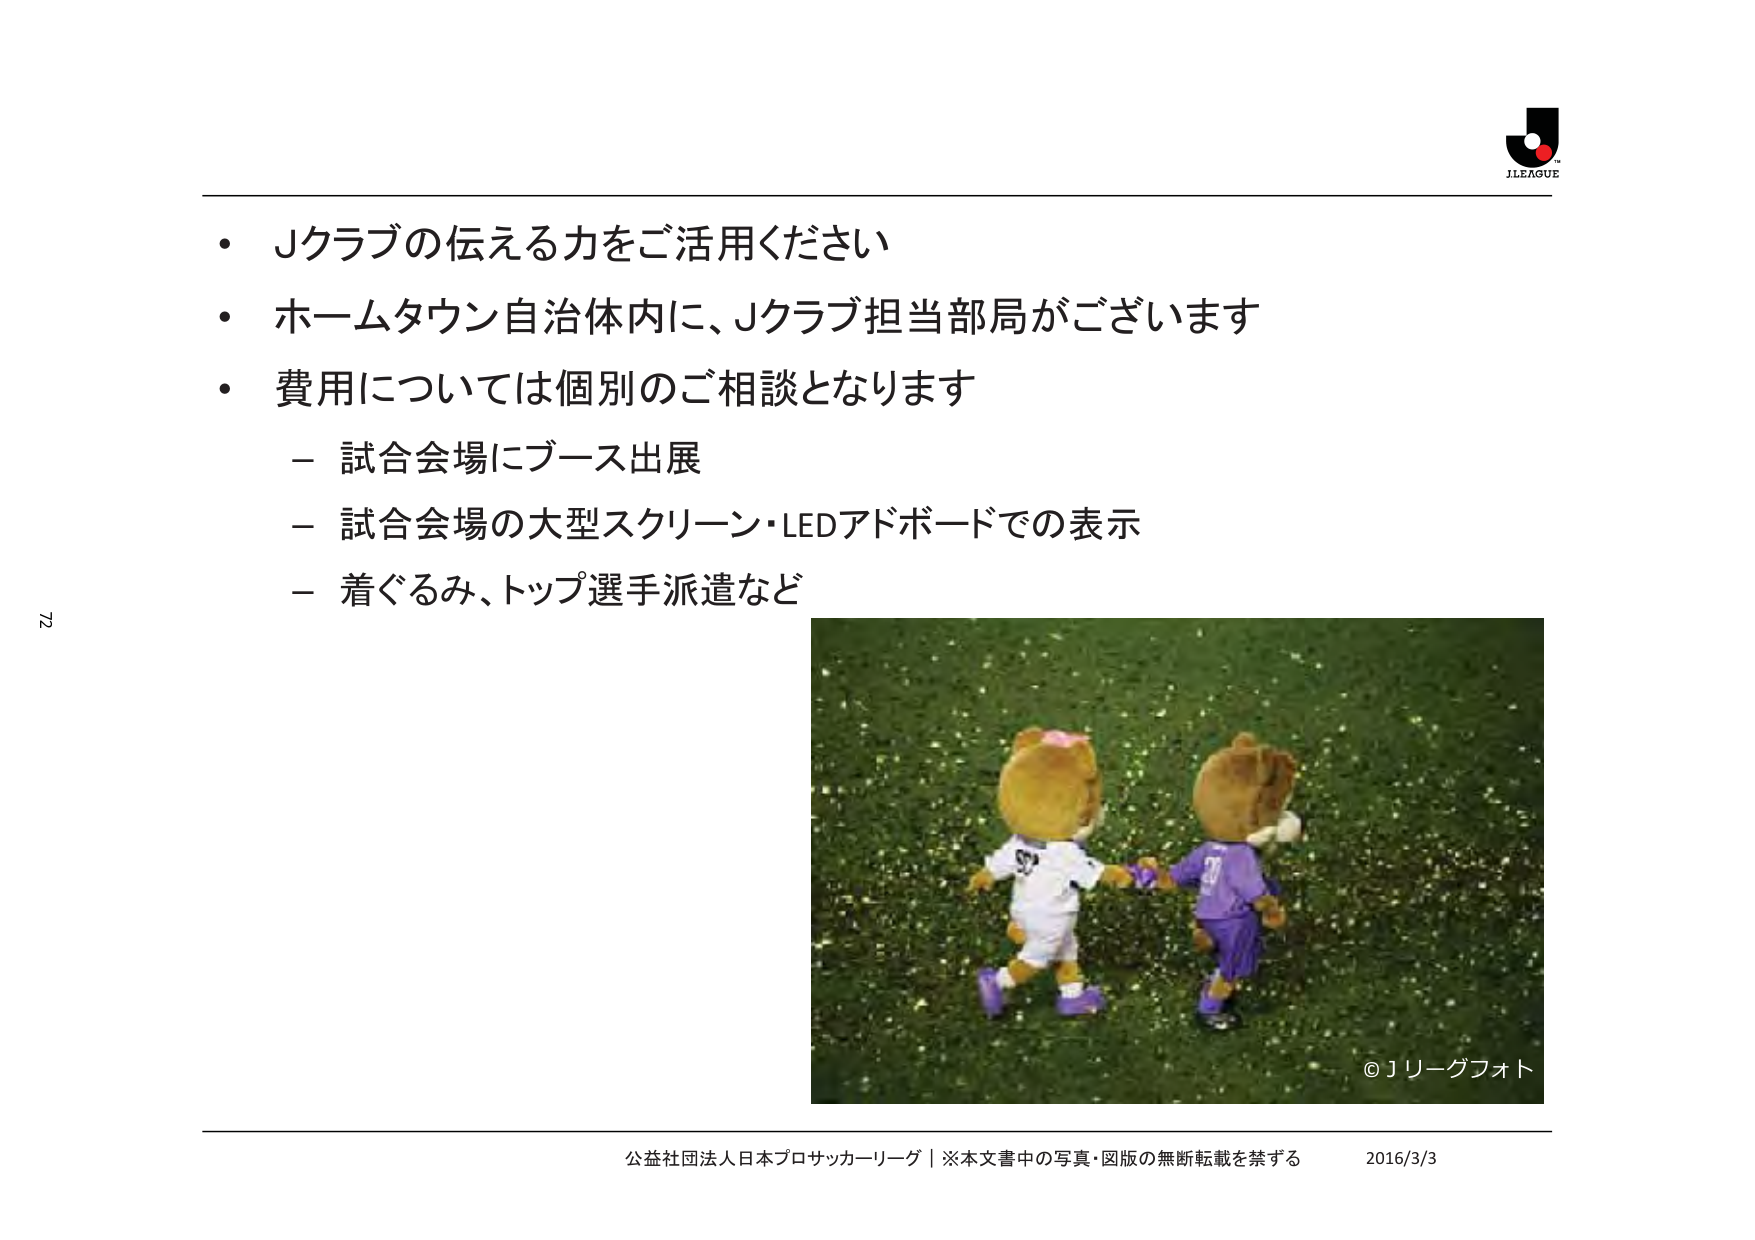
・Ｊクラブの伝える力をご活用ください
・ホームタウン自治体内に、Ｊクラブ担当部局がございます
・費用については個別のご相談となります
　－試合会場にブース出展
　－試合会場の大型スクリーン・LEDアドボードでの表示
　－着ぐるみ、トップ選手派遣など

©Ｊリーグフォト

公益社団法人日本プロサッカーリーグ｜※本文書中の写真・図版の無断転載を禁ずる　2016/3/3

J.LEAGUE